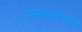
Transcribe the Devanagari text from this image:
अखण्डवाक्यविषयक